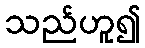
သည်ဟူ၍